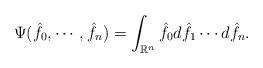
LaTeX: \begin{align*}\Psi(\hat{f}_0, \cdots, \hat{f}_n)=\int_{\mathbb{R}^n} \hat{f}_0d\hat{f}_1\cdots d\hat{f}_n. \end{align*}